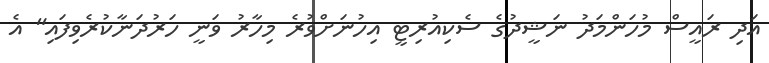
އަދި ރައީސް މުހަންމަދު ނަޝީދުގެ ސެކިއުރިޓީ އިހުނަށްވުރެ މިހާރު ވަނީ ހަރުދަނާކުރެވިފައި" އެ